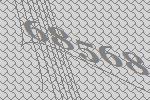
68568